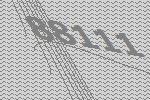
88111